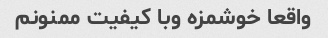
واقعا خوشمزه وبا کیفیت ممنونم